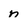
Character: n